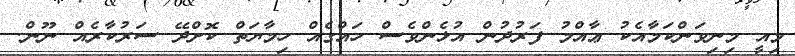
މިއީ މިނިވަންކަމާއެކު ޢާއްމު ފަރުދުން އުޅެންވެސް ހައްގެއް ހިމާޔަތް ކޮށްދޭ ސަރުކާރެއް ނޫން.